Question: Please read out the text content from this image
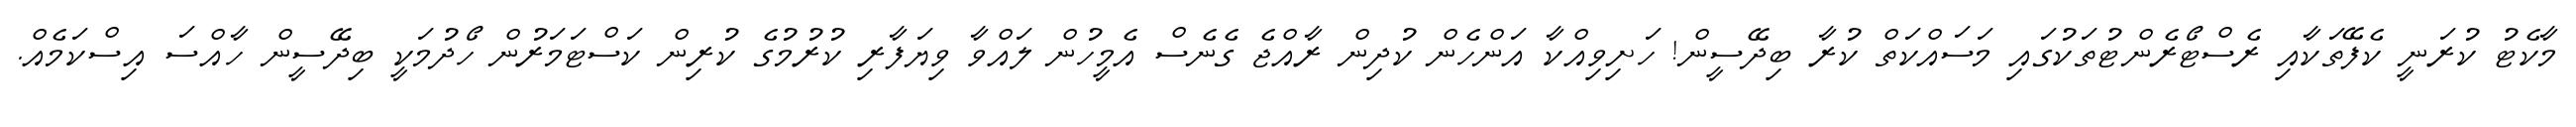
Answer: މާކެޓު ކުރަނީ ކެފޭތަކާއި ރެސްޓޯރެންޓުތަކުގައި މަސައްކަތް ކުރާ ބިދޭސީން! ހަށިވިއްކާ އަންހެން ކުދިން ރާއްޖެ ގެނެސް އެމީހުން ލައްވާ ވިޔަފާރި ކުރުމުގެ ކުރިން ކަސްޓަމަރުން ހޯދުމަކީ ބިދޭސީން ހާއްސަ އިސްކަމެއް.